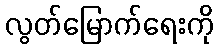
လွတ်မြောက်ရေးကို